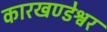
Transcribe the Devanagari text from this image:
कारखण्डेश्वर